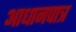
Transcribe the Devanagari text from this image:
आधानपात्र